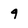
Character: 9